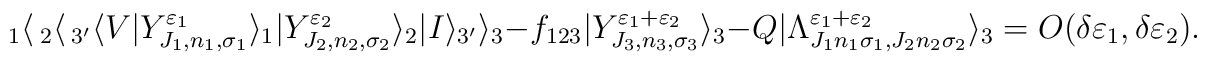
_1\langle \,_2\langle \,_{3'}\langle V| Y_{J_1 ,n_1 , \sigma_1}^{\varepsilon_1} \rangle _1 |Y_{J_2 ,n_2 , \sigma_2}^{\varepsilon_2} \rangle _2|I\rangle _{3'}\rangle _{3}-f_{123}|Y_{J_3 ,n_3 , \sigma_3}^{\varepsilon_1 +\varepsilon_2 }\rangle _3-Q| \Lambda_{J_1 n_1 \sigma_1 ,J_2 n_2 \sigma_2 }^{\varepsilon_1 +\varepsilon_2 }\rangle _3 =O(\delta\varepsilon_1 ,\delta\varepsilon_2).